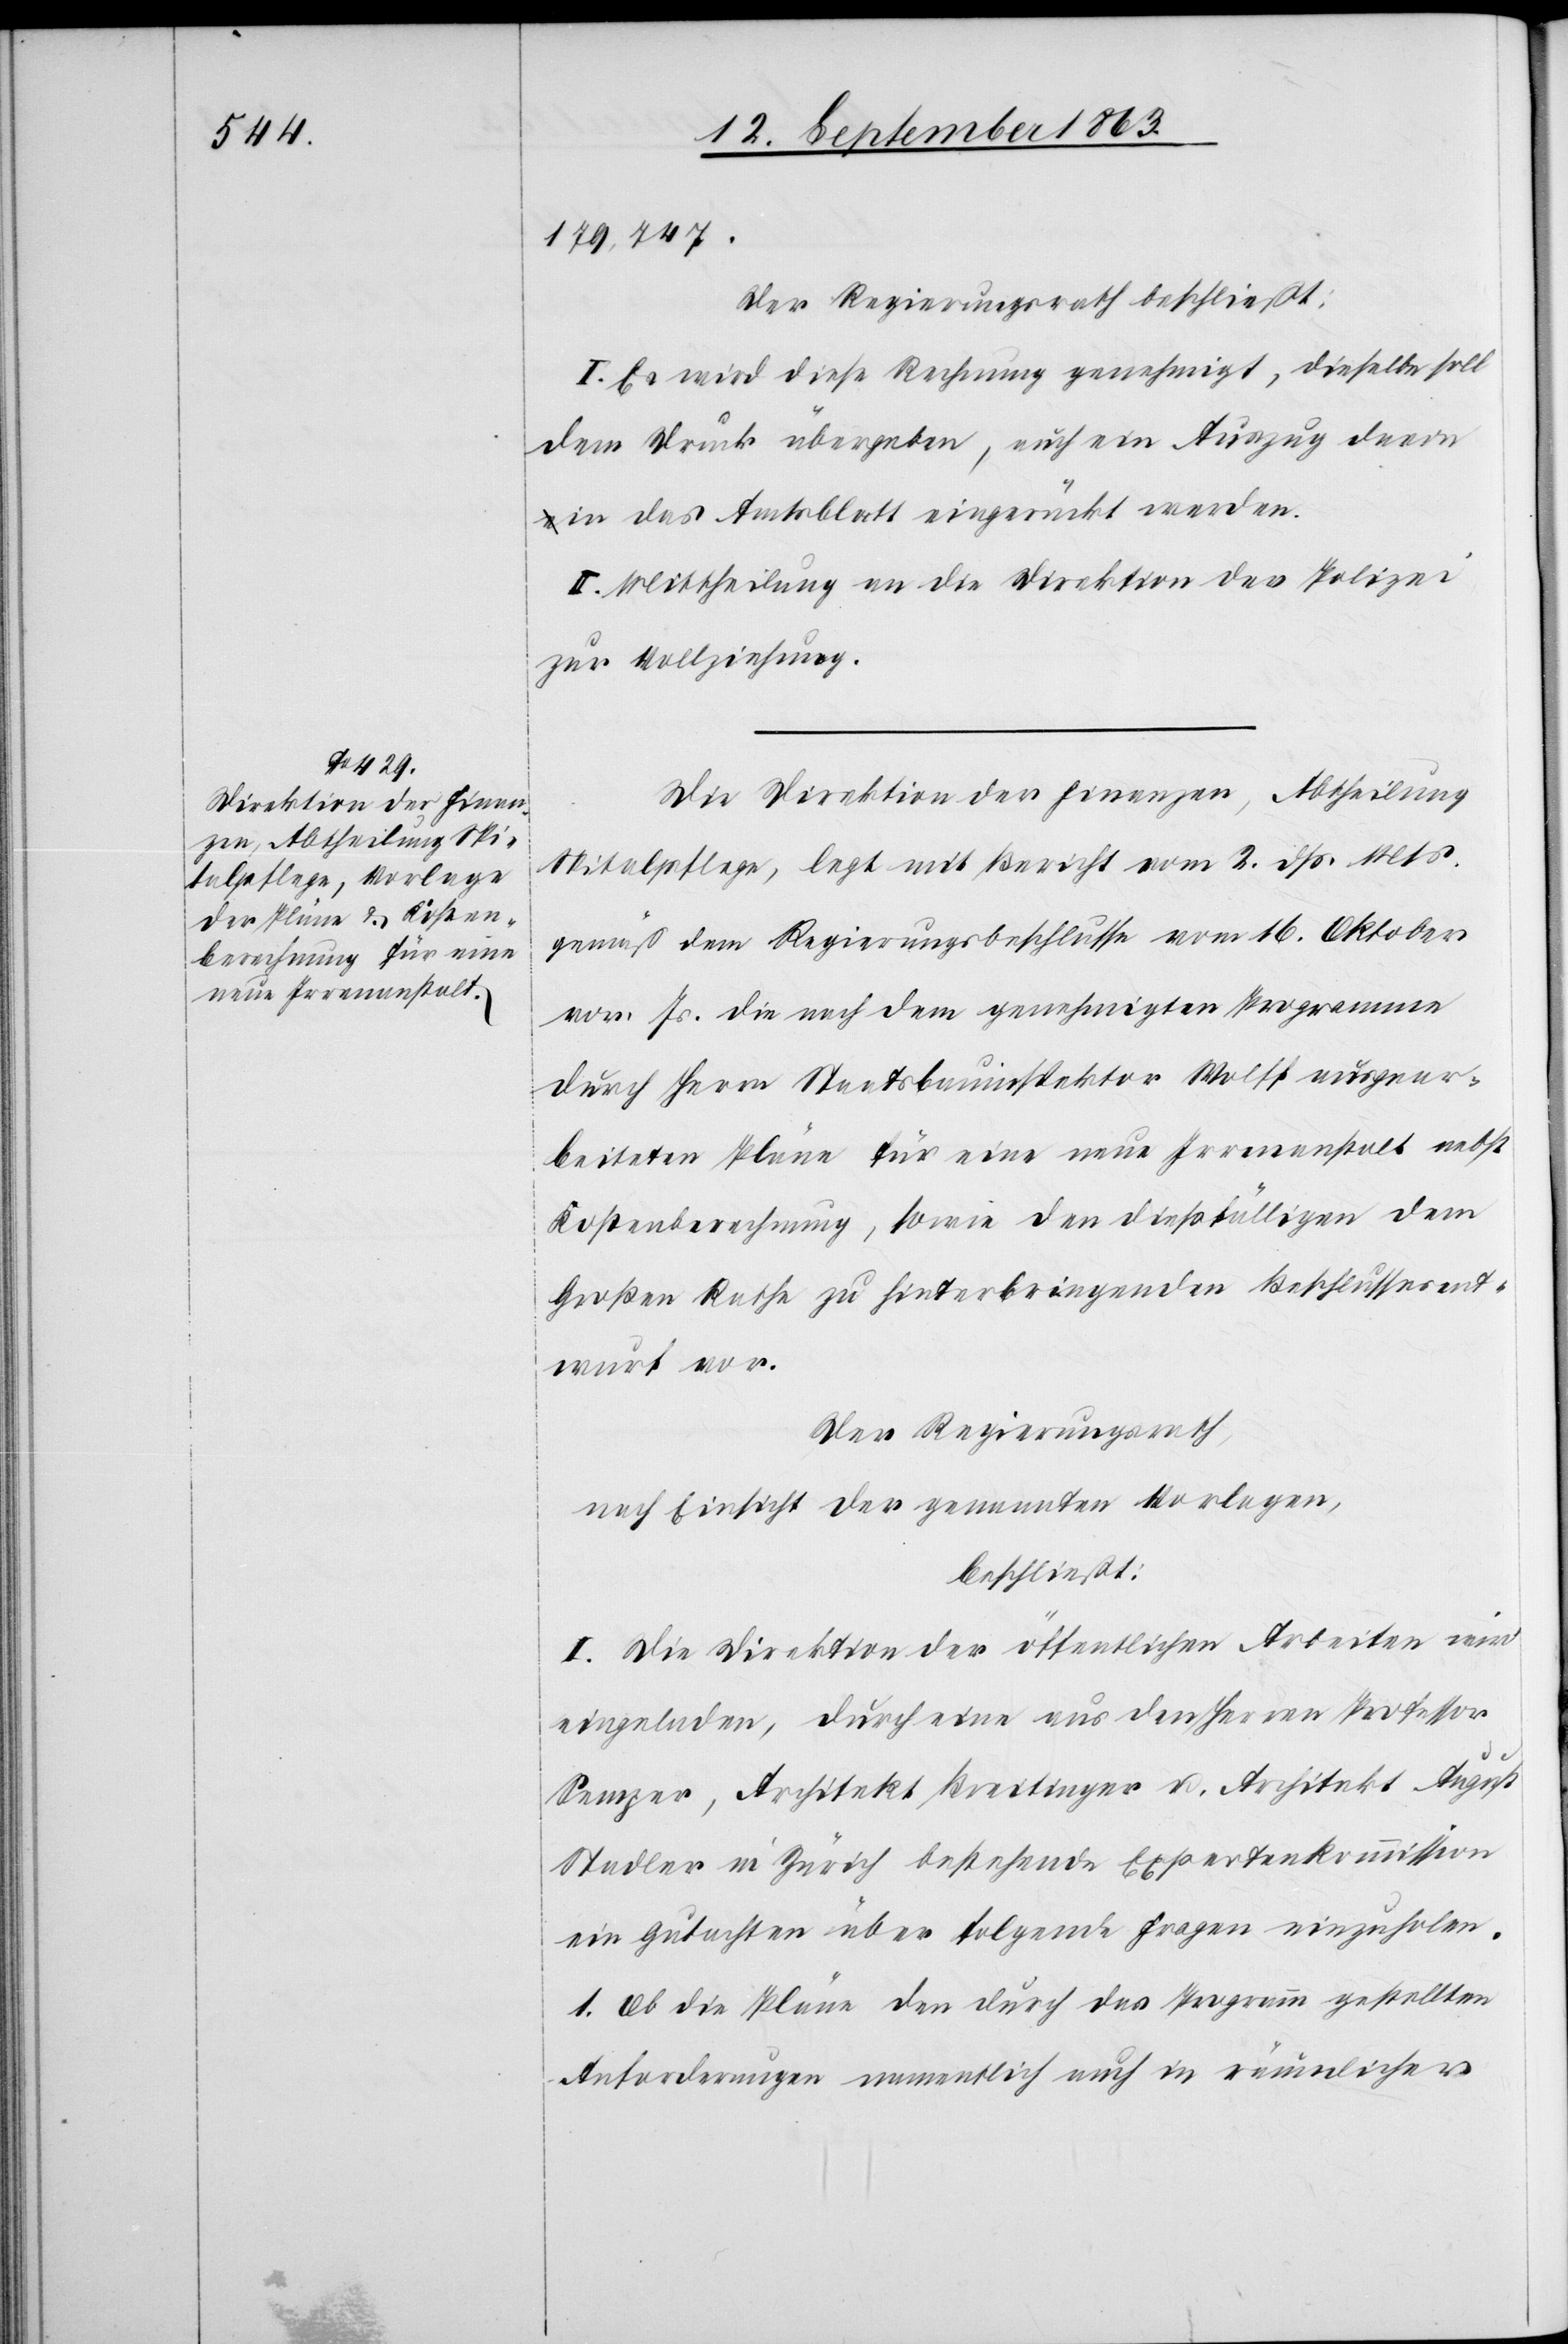
179,747.
Der Regierungsrath beschließt:
I. Es wird diese Rechnung genehmigt, dieselbe soll
dem Druck übergeben, auch ein Auszug davon
in das Amtsblatt eingerückt werden.
II. Mittheilung an die Direktion der Polizei
zur Vollziehung.
Die Direktion der Finanzen, Abtheilung
Spitalpflege, legt mit Bericht vom 2. dß. Mts.
gemäß dem Regierungsbeschlusse vom 16. Oktober
vor. Js. die nach dem genehmigten Programme
durch Herrn Staatsbauinspektor Wolff ausgear¬
beiteten Pläne für eine neue Irrenanstalt nebst
Kostenberechnung, sowie den dießfälligen dem
Großen Rathe zu hinterbringenden Beschlussesent¬
wurf vor.
Der Regierungsrath,
nach Einsicht der genannten Vorlagen,
beschließt:
I. Die Direktion der öffentlichen Arbeiten wird
eingeladen, durch eine aus den Herren Professor
Semper, Architekt Breitinger u. Architekt August
Stadler in Zürich bestehende Expertenkommission
ein Gutachten über folgende Fragen einzuholen.
1. Ob die Pläne den durch das Programm gestellten
Anforderungen namentlich auch in räumlicher